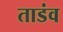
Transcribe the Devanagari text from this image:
ताडंव